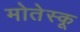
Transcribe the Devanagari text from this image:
मोतेस्कू